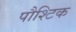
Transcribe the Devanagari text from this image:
पौश्टिक